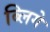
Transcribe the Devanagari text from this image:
ब्लिगे